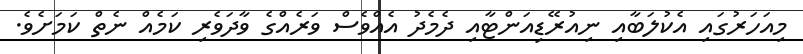
މިއަހަރުގައި އެކުލަބާއި ނިއުރޭޑިއަންޓާއި ދެމެދު އެއްވެސް ވަރެއްގެ ވާދަވެރި ކަމެއް ނެތް ކަމަށެވެ.